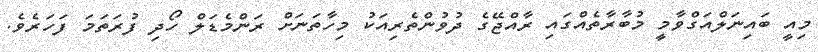
މިއީ ބައިނަލްއަގްވާމީ މުބާރާތެއްގައި ރާއްޖޭގެ ދުވުންތެރިއަކު މިހާތަނަށް ރަންމެޑަލް ހޯދި ފުރަތަމަ ފަހަރެވެ.